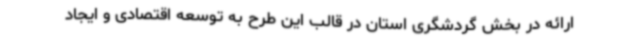
ارائه در بخش گردشگری استان در قالب این طرح به توسعه اقتصادی و ایجاد